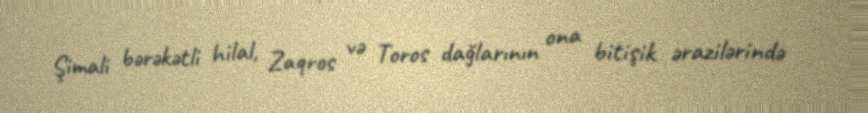
Şimali bərəkətli hilal, Zaqros və Toros dağlarının ona bitişik ərazilərində